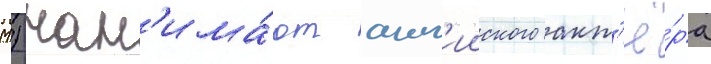
М.) нан'има́ют англ'ииского акт'ё́ра